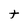
Character: t